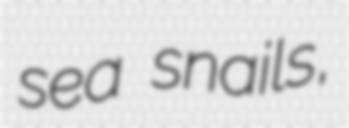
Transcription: sea snails,